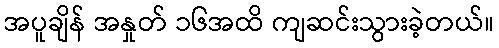
အပူချိန် အနှုတ် ၁၆အထိ ကျဆင်းသွားခဲ့တယ်။